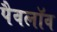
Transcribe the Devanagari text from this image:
पैवलॉव